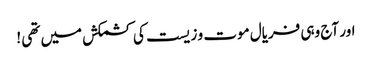
اور آج وہی فریال موت و زیست کی کشمکش میں تھی !